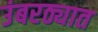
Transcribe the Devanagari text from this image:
उंबरठ्यात